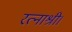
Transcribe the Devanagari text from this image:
रत्नाश्री।